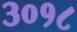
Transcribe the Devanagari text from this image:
३०१८